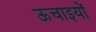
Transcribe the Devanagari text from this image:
ऊचाइयों